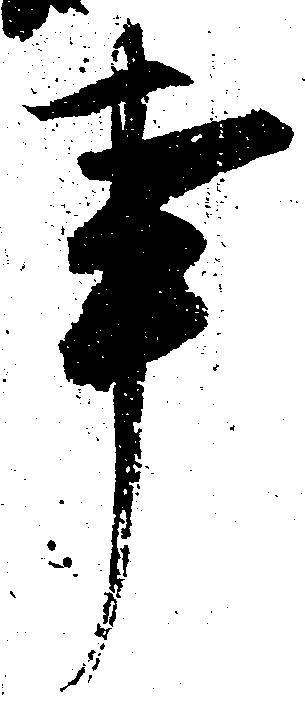
事